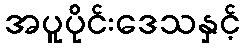
အပူပိုင်းဒေသနှင့်